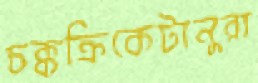
চক্কক্রিকেটানুরা